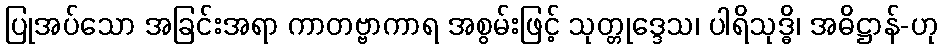
ပြုအပ်သော အခြင်းအရာ ကာတဗ္ဗာကာရ အစွမ်းဖြင့် သုတ္တုဒ္ဒေသ၊ ပါရိသုဒ္ဓိ၊ အဓိဋ္ဌာန်-ဟု